画像に写った文字を読んでください
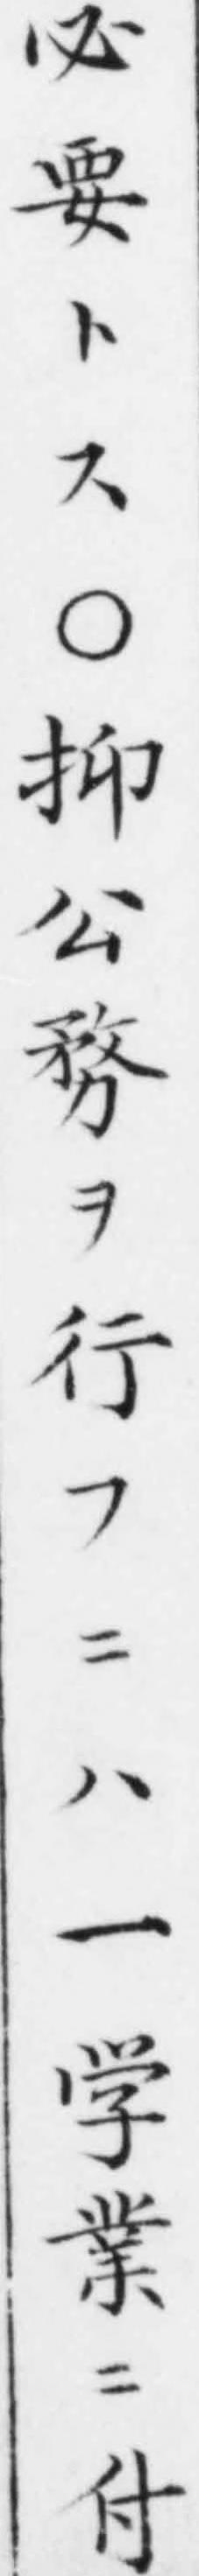
「必要トス○抑公𠝸ヲ行フニハ一学業ニ付」と書いてあります